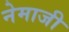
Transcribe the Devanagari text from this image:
नेमाजी